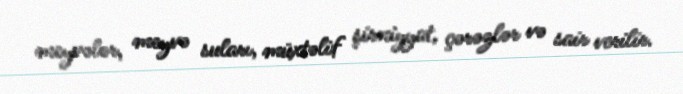
meyvələr, meyvə suları, müxtəlif şirniyyat, çərəzlər və sair verilir.